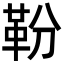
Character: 𩉵